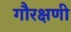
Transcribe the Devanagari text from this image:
गौरक्षणी